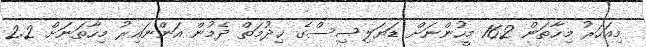
މިއަހަރު މިހާތަން 162 މީހުންނަށް ޑަޔަލިސިސްގެ ޚިދުމަތް ދެމުން އަންނައިރު މިހާތަނަށް 2.2